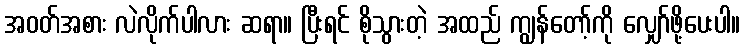
အဝတ်အစား လဲလိုက်ပါလား ဆရာ။ ပြီးရင် စိုသွားတဲ့ အထည် ကျွန်တော့်ကို လျှော်ဖို့ပေးပါ။